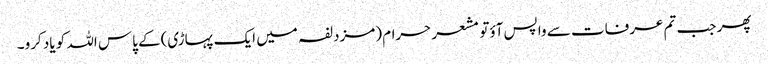
پھر جب تم عرفات سے واپس آؤتو مشعر حرام (مزدلفہ میں ایک پہاڑی)کے پاس اللہ کو یاد کرو۔